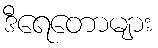
ဒီရေတောများ